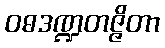
ဝဓဒဏ္ဍတဇ္ဇိတာ